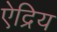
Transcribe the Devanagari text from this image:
ऐद्रिय